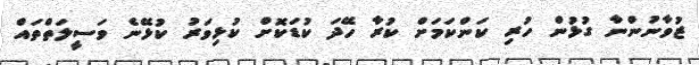
ޒުވާނުންނާ ގުޅުން ހުރި ކަންކަމަށް ކުރާ ހޭދަ ކުޑަކޮށް ކުޅިވަރު ކުޅޭނެ ވަސީލަތްތައް